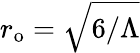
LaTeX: r_{\mathrm{{o}}}=\sqrt{6/\Lambda}